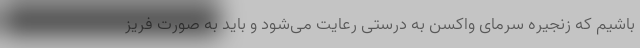
باشیم که زنجیره سرمای واکسن به درستی رعایت می‌شود و باید به صورت فریز